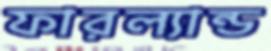
ফারল্যান্ড